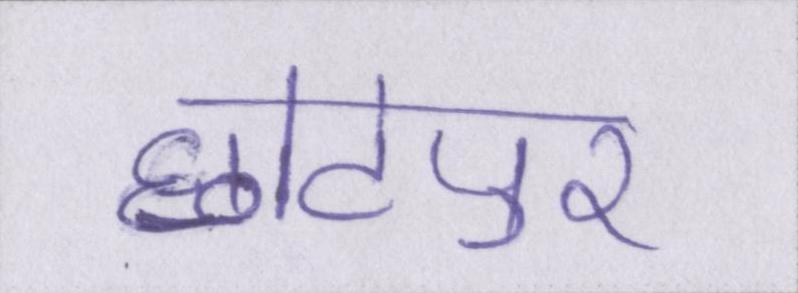
छोटेपुर